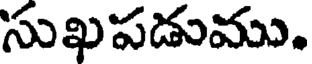
సుఖపడుము.